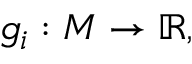
g _ { i } : M \to \mathbb { R } ,